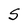
Character: S